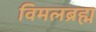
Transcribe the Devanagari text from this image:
विमलब्रह्म